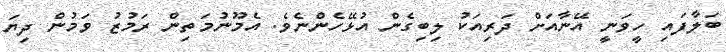
ބަލާފައި ހީވަނީ އޭނާއަށް ދަރިއަކު ލިބިގެން އުޅޭހެންނެވެ. އެމޫނުމަތިން ރަމުޒު ވަމުން ދިޔަ